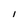
Character: I